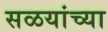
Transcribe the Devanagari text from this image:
सळयांच्या